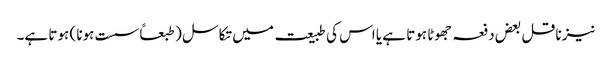
نیز ناقل بعض دفعہ جھوٹا ہوتا ہے یا اس کی طبیعت میں تکاسل ( طبعاً سست ہونا ) ہوتا ہے۔